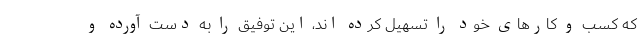
که کسب و کارهای خود را تسهیل کرده اند، این توفیق را به دست آورده و